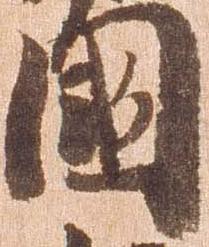
国